Indian journal of veterinary science and animal husbandry - Volume 3,
Year: 1933
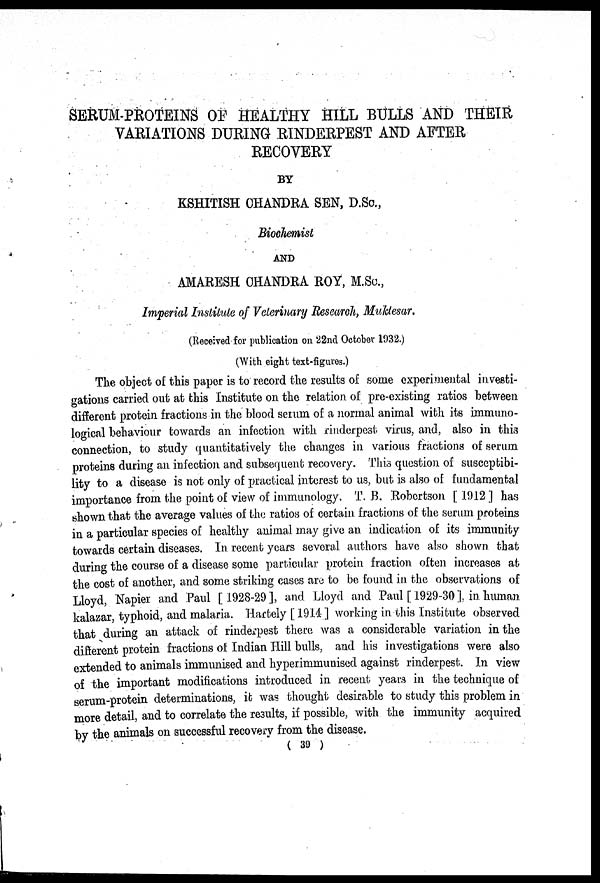
SERUM-PROTEINS OF HEALTHY HILL BULLS AND THEIR
VARIATIONS DURING RINDERPEST AND AFTER
RECOVERY
BY
KSHITISH CHANDRA SEN, D.Sc.,
Biochemist
AND
AMARESH CHANDRA ROY, M.Sc.,
Imperial Institute of Veterinary Research, Muktesar.
(Received for publication on 22nd October 1932.)
(With eight text-figures.)
The object of this paper is to record the results of some experimental investi-
gations carried out at this Institute on the relation of pre-existing ratios between
different protein fractions in the blood serum of a normal animal with its immuno-
logical behaviour towards an infection with rinderpest virus, and, also in this
connection, to study quantitatively the changes in various fractions of serum
proteins during an infection and subsequent recovery. This question of susceptibi-
lity to a disease is not only of practical interest to us, but is also of fundamental
importance from the point of view of immunology. T. B. Robertson [ 1912 ] has
shown that the average values of the ratios of certain fractions of the serum proteins
in a particular species of healthy animal may give an indication of its immunity
towards certain diseases. In recent years several authors have also shown that
during the course of a disease some particular protein fraction often increases at
the cost of another, and some striking cases are to be found in the observations of
Lloyd, Napier and Paul [ 1928-29 ], and Lloyd and Paul [ 1929-30 ], in human
kalazar, typhoid, and malaria. Hartely [ 1914 ] working in this Institute observed
that during an attack of rinderpest there was a considerable variation in the
different protein fractions of Indian Hill bulls, and his investigations were also
extended to animals immunised and hyperimmunised against rinderpest. In view
of the important modifications introduced in recent years in the technique of
serum-protein determinations, it was thought desirable to study this problem in
more detail, and to correlate the results, if possible, with the immunity acquired
by the animals on successful recovery from the disease.
( 39 )